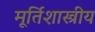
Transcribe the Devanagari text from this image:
मूर्तिशास्त्रीय